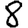
Digit: 8